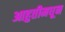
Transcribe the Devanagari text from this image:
आहुतीमधून